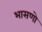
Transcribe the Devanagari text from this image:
भासणो